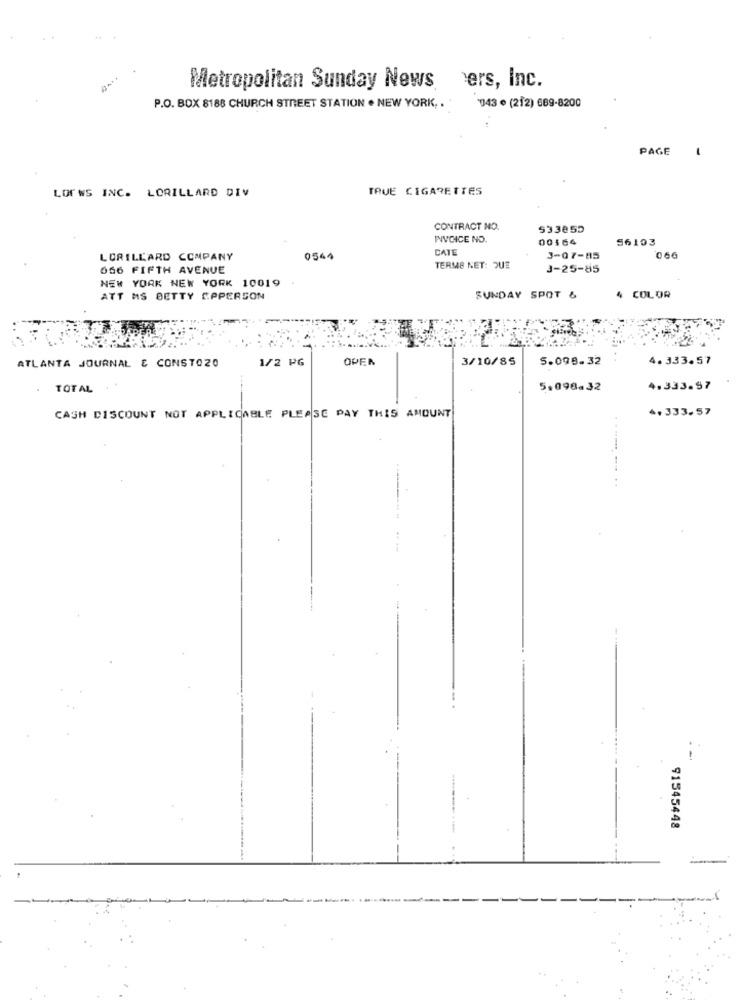
Metropolitan Sunday News
vers, Inc.
P.O. BOX 8188 CHURCH STREET STATION . NEW YORK. ..
043 º (212) 689-8200
PAGE
-
LOEWS INC. LORILLARD DIV
TAVE CIGARETTES
CONTRACT NO.
533855
INVOICE NO.
00564
56103
DATE
LORILLARD COMPANY
0544
3-07-85
066
056 FIFTH AVENUE
TERMS NET: DUE
3-25-85
NEW YORK NEW YORK 10019
ATT MS BETTY SPPERSON
SUNDAY SPOT &
4 COLOR
OPER
3/10/85
5.098.32
4. 333.57
ATLANTA JOURNAL & CONSTOZO
1/2 PG
TOTAL
5.098.32
4.333.97
CASH DISCOUNT NOT APPLICABLE PLEASE PAY THIS AMOUNT
4.333.57
..
91545448